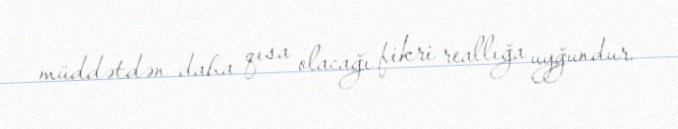
müddətdən daha qısa olacağı fikri reallığa uyğundur.